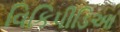
વિકિપીડિઆ